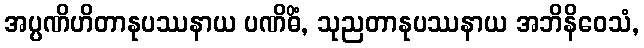
အပ္ပဏိဟိတာနုပဿနာယ ပဏိဓိံ, သုညတာနုပဿနာယ အဘိနိဝေသံ,